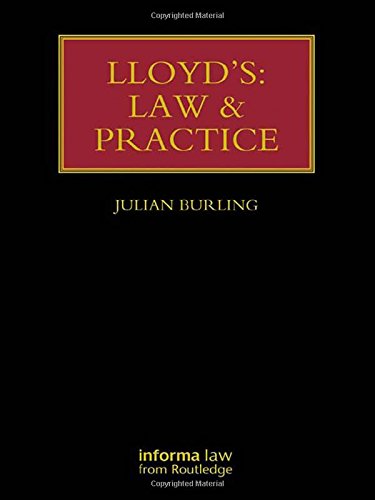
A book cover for Lloyd's: Law and Practice (Lloyd's Insurance Law Library); Julian Burling; Business & Money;